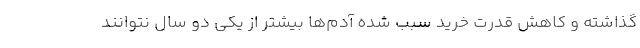
گذاشته و کاهش قدرت خرید سبب شده آدم‌ها بیشتر از یکی دو سال نتوانند